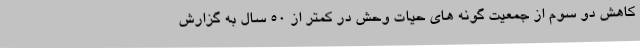
کاهش دو سوم از جمعیت گونه های حیات وحش در کمتر از 50 سال به گزارش